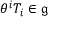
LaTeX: \theta ^ { i } T _ { i } \in { \mathfrak { g } }